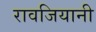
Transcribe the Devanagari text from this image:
रावजियानी